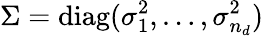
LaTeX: \Sigma=\operatorname{diag}(\sigma_{1}^{2},\dots,\sigma_{n_{d}}^{2})